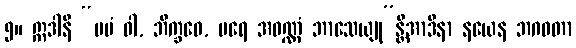
၅။ ဣဒါနိ “မမံ ဝါ, ဘိက္ခဝေ, ပရေ အဝဏ္ဏံ ဘာသေယျု”န္တိအာဒိနာ နယေန ဘဂဝတာ